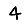
Digit: 4